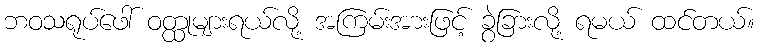
ဘဝသရုပ်ဖေါ် ဝတ္ထုများရယ်လို့ အကြမ်းအားဖြင့် ခွဲခြားလို့ ရမယ် ထင်တယ်။